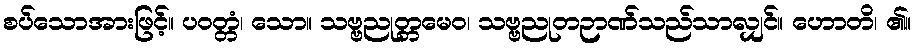
စပ်သောအားဖြင့်။ ပဝတ္တံ၊ သော။ သဗ္ဗညုတ္တမေဝ၊ သဗ္ဗညုတဉာဏ်သည်သာလျှင်။ ဟောတိ၊ ၏။